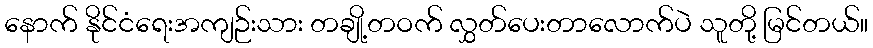
နောက် နိုင်ငံရေးအကျဉ်းသား တချို့တဝက် လွှတ်ပေးတာလောက်ပဲ သူတို့ မြင်တယ်။